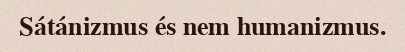
Sátánizmus és nem humanizmus.